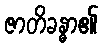
ဇာတိခန္ဓာ၏